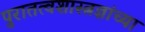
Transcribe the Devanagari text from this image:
पुरातत्वशास्त्रज्ञांच्या